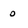
Character: 0